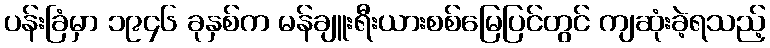
ပန်းခြံမှာ ၁၉၄၆ ခုနှစ်က မန်ချူးရီးယားစစ်မြေပြင်တွင် ကျဆုံးခဲ့ရသည့်